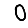
Digit: 0